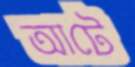
আটে